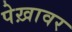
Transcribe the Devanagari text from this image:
पेख़ावर